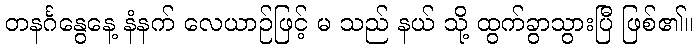
တနင်္ဂနွေနေ့ နံနက် လေယာဉ်ဖြင့် မ သည် နယ် သို့ ထွက်ခွာသွားပြီ ဖြစ်၏။